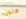
كانون